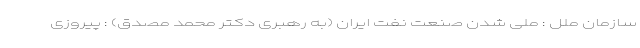
سازمان ملل : ملی شدن صنعت نفت ایران (به رهبری دکتر محمد مصدق) : پیروزی